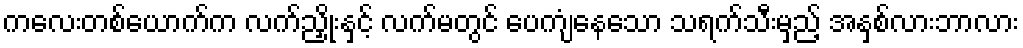
ကလေးတစ်ယောက်က လက်ညှိုးနှင့် လက်မတွင် ပေကျံနေသော သရက်သီးမှည့် အနှစ်လားဘာလား